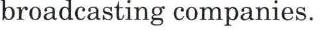
broadcasting companies.